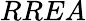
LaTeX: RREA